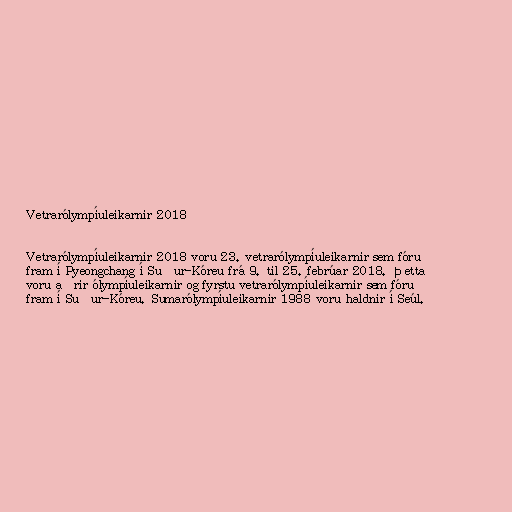
Vetrarólympíuleikarnir 2018

Vetrarólympíuleikarnir 2018 voru 23. vetrarólympíuleikarnir sem fóru
fram í Pyeongchang í Suður-Kóreu frá 9. til 25. febrúar 2018. Þetta
voru aðrir ólympíuleikarnir og fyrstu vetrarólympíuleikarnir sem fóru
fram í Suður-Kóreu. Sumarólympíuleikarnir 1988 voru haldnir í Seúl.